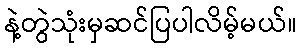
နဲ့တွဲသုံးမှဆင်ပြပါလိမ့်မယ်။